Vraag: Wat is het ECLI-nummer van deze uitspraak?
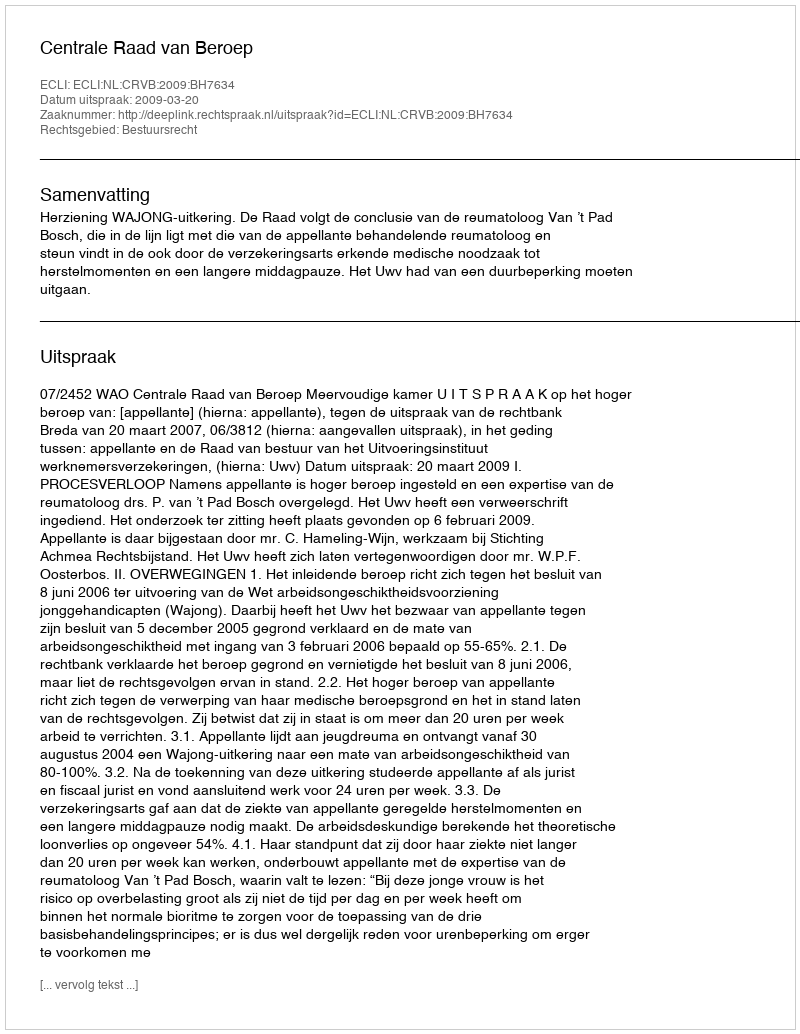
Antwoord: ECLI:NL:CRVB:2009:BH7634